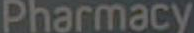
Pharmacy